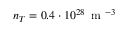
n _ { T } = 0 . 4 \cdot 1 0 ^ { 2 8 } \, \mathrm { ~ m ~ } ^ { - 3 }